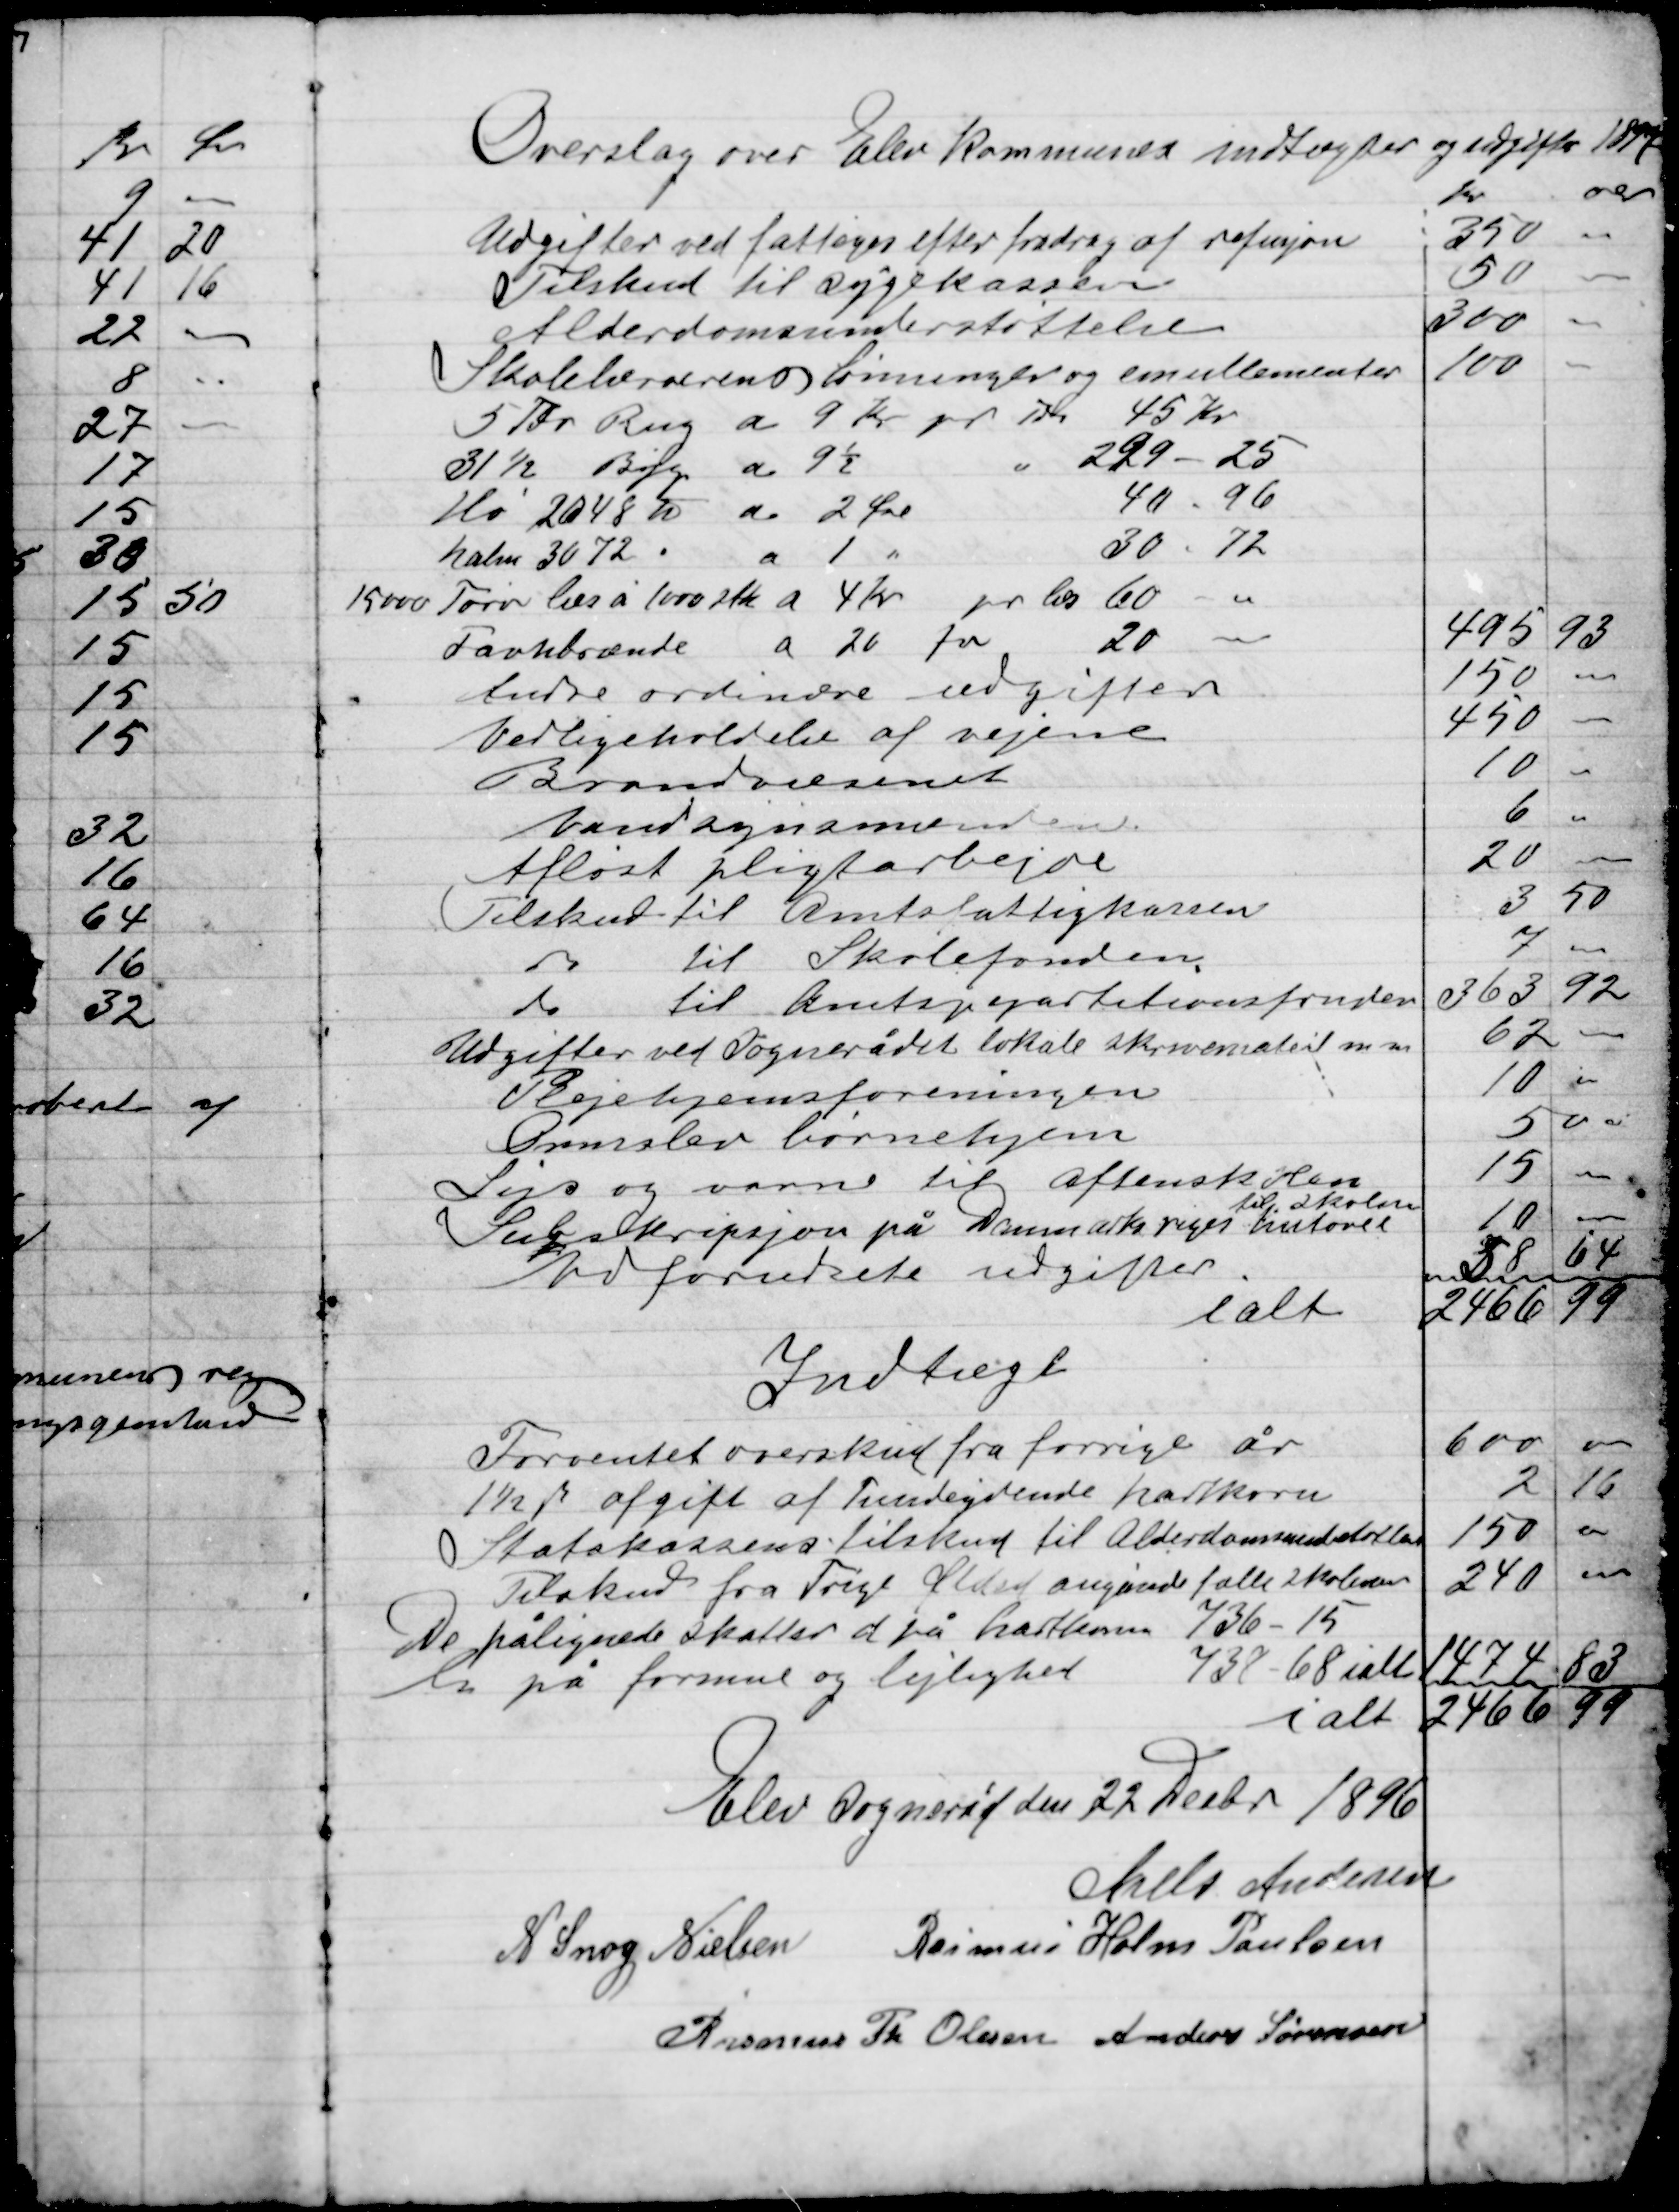
Transskription:
Overslag over elev Kommunes indtægter og udgifter 1897

Indtægt

Elev Sogneråd den 22 Decbr. 1896

Niels Andersen
N. Snog Nielsen
Rasmus Holm Poulsen
Rasmus Th. Olsen
Anders Sørensen